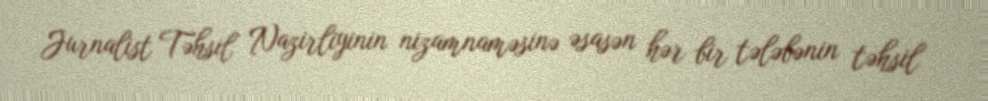
Jurnalist Təhsil Nazirliyinin nizamnaməsinə əsasən hər bir tələbənin təhsil